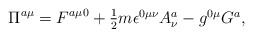
\begin{align*}\Pi^{a\mu} = F^{a\mu 0} +\textstyle{\frac{1}{2}}m\epsilon^{0\mu\nu}A_{\nu}^{a}-g^{0\mu}G^{a},\end{align*}